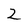
Character: 2